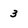
Character: 3